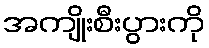
အကျိုးစီးပွားကို